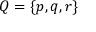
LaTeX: Q = \{ p , q , r \}